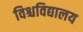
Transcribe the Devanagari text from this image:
विश्चविद्यालय